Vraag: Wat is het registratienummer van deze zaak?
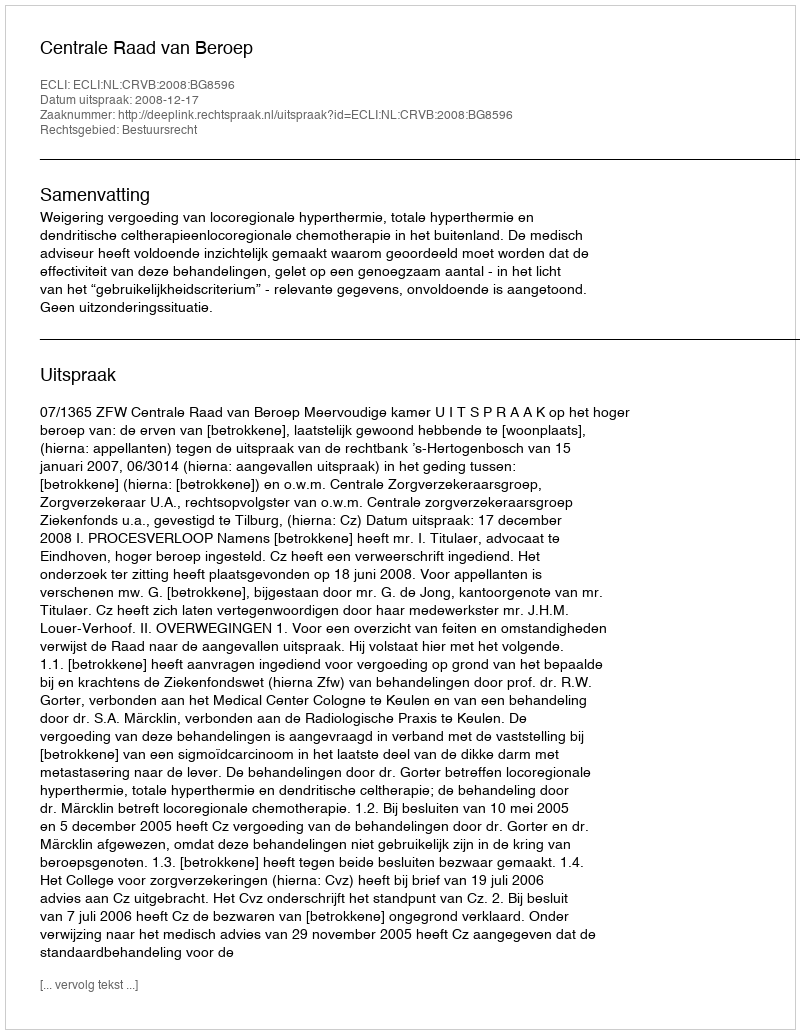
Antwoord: http://deeplink.rechtspraak.nl/uitspraak?id=ECLI:NL:CRVB:2008:BG8596